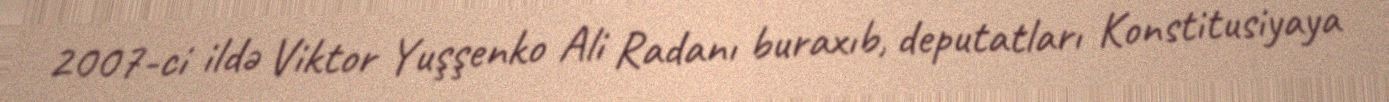
2007-ci ildə Viktor Yuşşenko Ali Radanı buraxıb, deputatları Konstitusiyaya